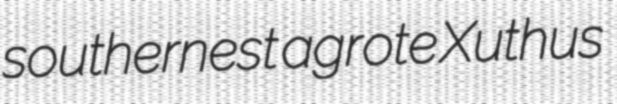
southernest agrote Xuthus